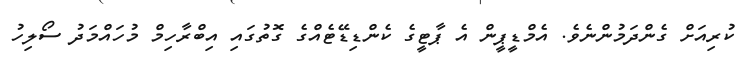
ކުރިއަށް ގެންދަމުންނެވެ. އެމްޑީޕީން އެ ޕާޓީގެ ކެންޑިޑޭޓެއްގެ ގޮތުގައި އިބްރާހިމް މުހައްމަދު ސޯލިހު